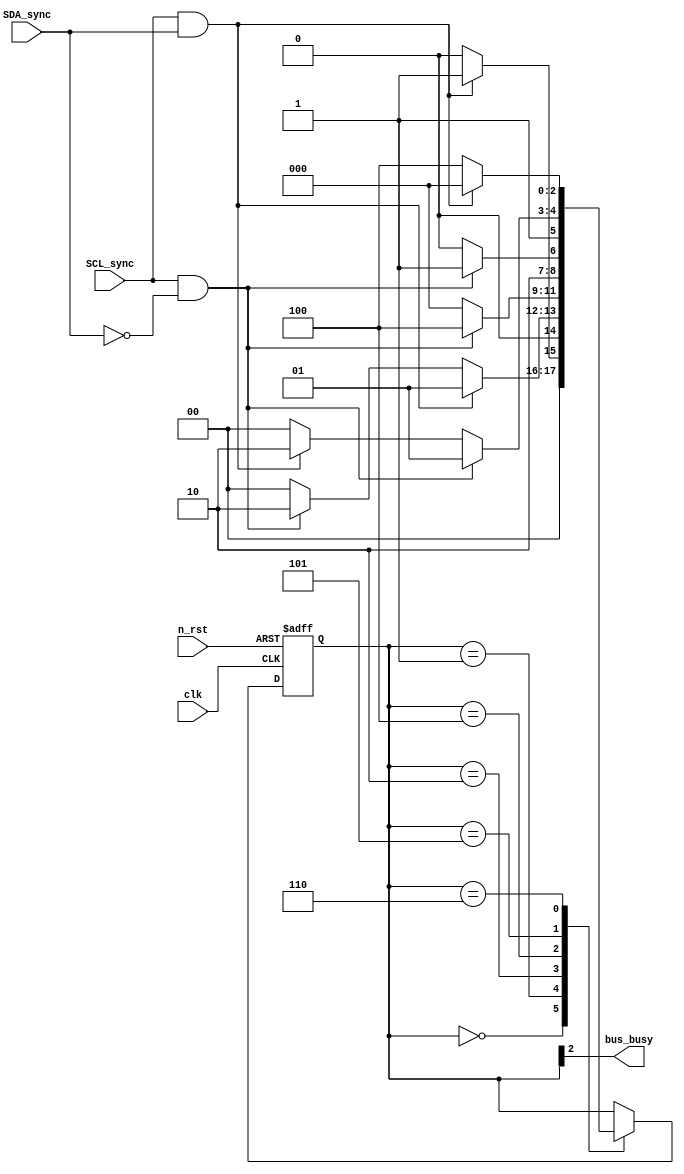
module busy_tester (
	clk,
	n_rst,
	SDA_sync,
	SCL_sync,
	bus_busy
);
	input clk;
	input n_rst;
	input SDA_sync;
	input SCL_sync;
	output bus_busy;
	reg [2:0] state;
	reg [2:0] nextState;
	localparam [2:0] ALMOST_BUSY = 3'b001;
	localparam [2:0] ALMOST_BUSY2 = 3'b010;
	localparam [2:0] ALMOST_IDLE = 3'b101;
	localparam [2:0] ALMOST_IDLE2 = 3'b110;
	localparam [2:0] BUSY = 3'b100;
	localparam [2:0] IDLE = 3'b000;
	always @(*) begin
		nextState = state;
		case (state)
			IDLE: nextState = (SCL_sync & SDA_sync ? ALMOST_BUSY : IDLE);
			ALMOST_BUSY:
				if (SCL_sync & SDA_sync)
					nextState = ALMOST_BUSY;
				else if (SCL_sync & !SDA_sync)
					nextState = ALMOST_BUSY2;
				else
					nextState = IDLE;
			ALMOST_BUSY2: nextState = (SCL_sync & !SDA_sync ? BUSY : IDLE);
			BUSY: nextState = (SCL_sync & !SDA_sync ? ALMOST_IDLE : BUSY);
			ALMOST_IDLE:
				if (SCL_sync & !SDA_sync)
					nextState = ALMOST_IDLE;
				else if (SCL_sync & SDA_sync)
					nextState = ALMOST_IDLE2;
				else
					nextState = BUSY;
			ALMOST_IDLE2: nextState = (SCL_sync & SDA_sync ? IDLE : BUSY);
		endcase
	end
	always @(posedge clk or negedge n_rst)
		if (!n_rst)
			state <= IDLE;
		else
			state <= nextState;
	assign bus_busy = state[2];
endmodule